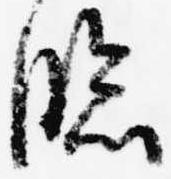
臨